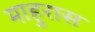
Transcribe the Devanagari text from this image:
माहुरास